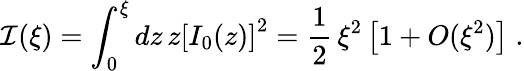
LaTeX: {\mathcal I}(\xi)=\int_{0}^{\xi}dz\, z\left[I_{0}(z)\right]^{2}=\frac{1}{2}\, \xi^{2}\left[1+O(\xi^{2})\right]\; .